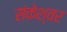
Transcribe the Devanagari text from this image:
संकेश्‍वर